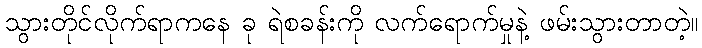
သွားတိုင်လိုက်ရာကနေ ခု ရဲစခန်းကို လက်ရောက်မှုနဲ့ ဖမ်းသွားတာတဲ့။